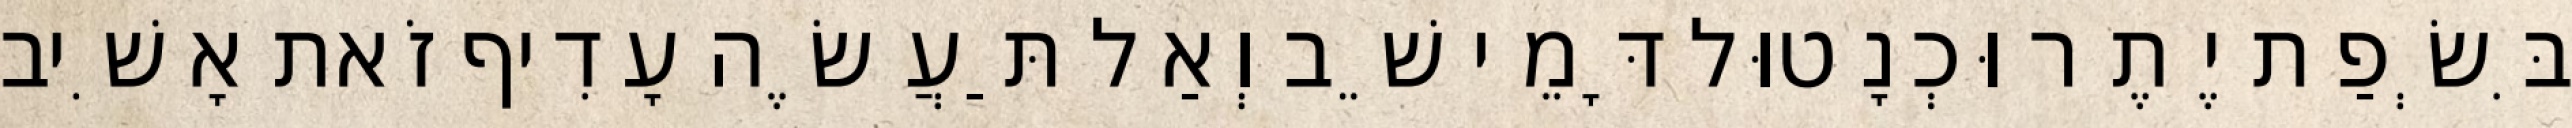
בִּשְׂפַת יֶתֶר וּכְנָטוּל דָּמֵי שֵׁב וְאַל תַּעֲשֶׂה עָדִיף זֹאת אָשִׁיב